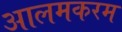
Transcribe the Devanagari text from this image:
आलमकरम